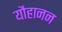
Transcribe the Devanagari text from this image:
यौहानन